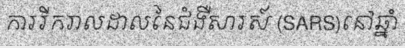
ការរីករាលដាលនៃជំងឺសារស៍ (SARS)នៅឆ្នាំ